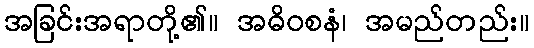
အခြင်းအရာတို့၏။ အဓိဝစနံ၊ အမည်တည်း။